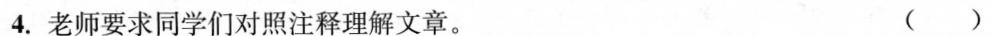
4.老师要求同学们对照注释理解文章。 ( )